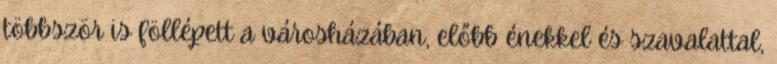
többször is föllépett a városházában, előbb énekkel és szavalattal,